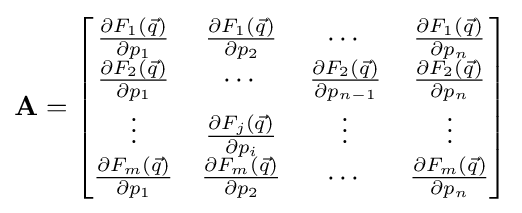
\mathbf {A} ={\begin{bmatrix}{\frac {\partial F_{1}({\vec {q}})}{\partial p_{1}}}&{\frac {\partial F_{1}({\vec {q}})}{\partial p_{2}}}&\cdots &{\frac {\partial F_{1}({\vec {q}})}{\partial p_{n}}}\\{\frac {\partial F_{2}({\vec {q}})}{\partial p_{1}}}&\cdots &{\frac {\partial F_{2}({\vec {q}})}{\partial p_{n-1}}}&{\frac {\partial F_{2}({\vec {q}})}{\partial p_{n}}}\\\vdots &{\frac {\partial F_{j}({\vec {q}})}{\partial p_{i}}}&\vdots &\vdots \\{\frac {\partial F_{m}({\vec {q}})}{\partial p_{1}}}&{\frac {\partial F_{m}({\vec {q}})}{\partial p_{2}}}&\cdots &{\frac {\partial F_{m}({\vec {q}})}{\partial p_{n}}}\\\end{bmatrix}}